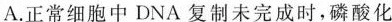
A.正常细胞中DNA复制未完成时，磷酸化